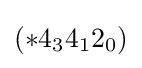
(*4_{3}4_{1}2_{0})